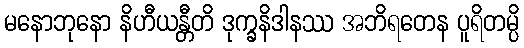
မနောဘုနော နိဟီယန္တီတိ ဒုက္ခနိဒါနဿ အဘိရတေန ပူရိတမ္ပိ